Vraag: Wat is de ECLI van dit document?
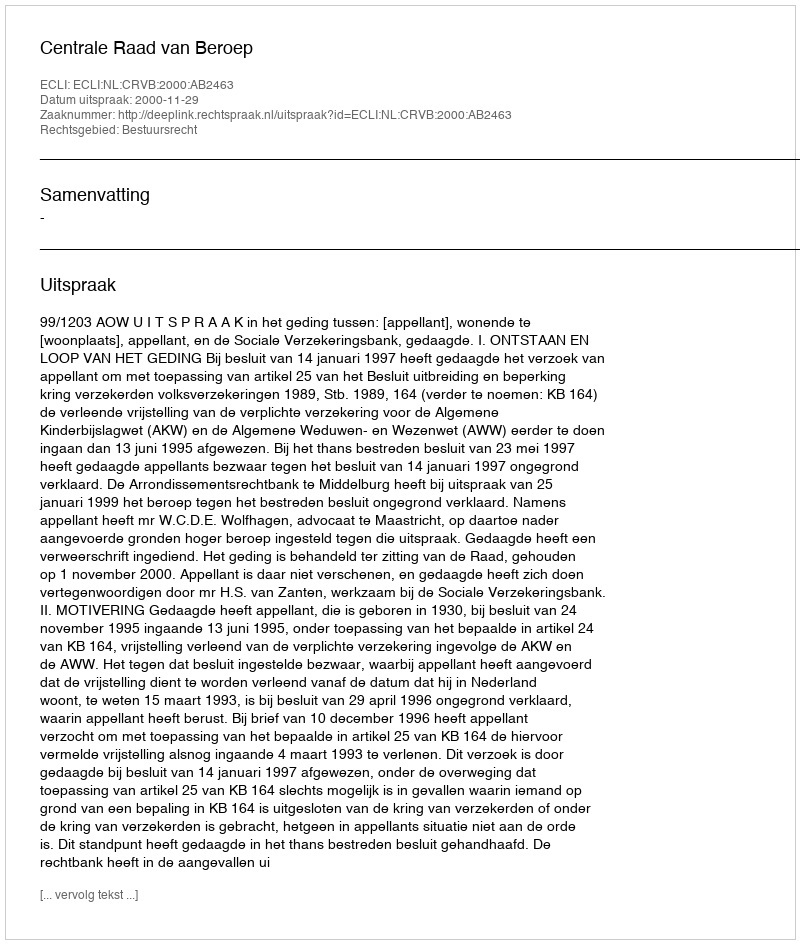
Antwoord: ECLI:NL:CRVB:2000:AB2463